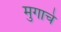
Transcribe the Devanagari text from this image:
मुगाचे